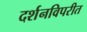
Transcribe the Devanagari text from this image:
दर्शनविपरीत